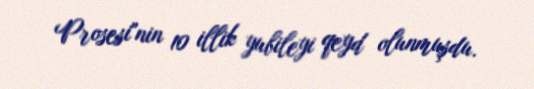
Prosesi"nin 10 illik yubileyi qeyd olunmuşdu.